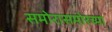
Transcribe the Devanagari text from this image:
समोरासमोरच्या